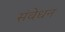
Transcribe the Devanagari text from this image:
संवेधन